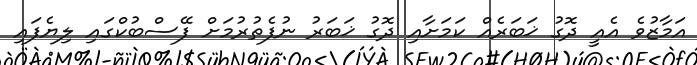
އަމާޒުވެ އެއީ ދޮގު ޚަބަރެއް ކަމަށާއި ދޮގު ޚަބަރު ނުފެތުރުމަށް ފޭސްބުކްގައި ލިޔެފައި